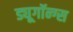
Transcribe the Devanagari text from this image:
ड्यूगॉन्ग्स